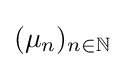
(\mu _{n})_{n\in \mathbb {N} }